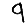
Digit: 9